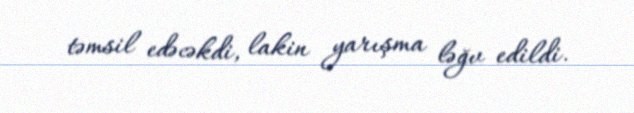
təmsil edəcəkdi, lakin yarışma ləğv edildi.